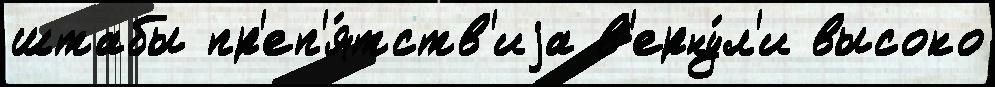
штабы пр'еп'я́тств'иjа в'ерну́л'и высоко